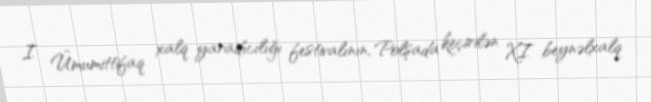
I Ümumittifaq xalq yaradıcılığı festivalının, Polşada keçirilən XI beynəlxalq